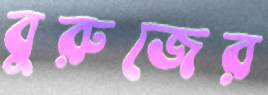
বুরুজের